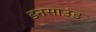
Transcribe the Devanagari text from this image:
इनसाउंड